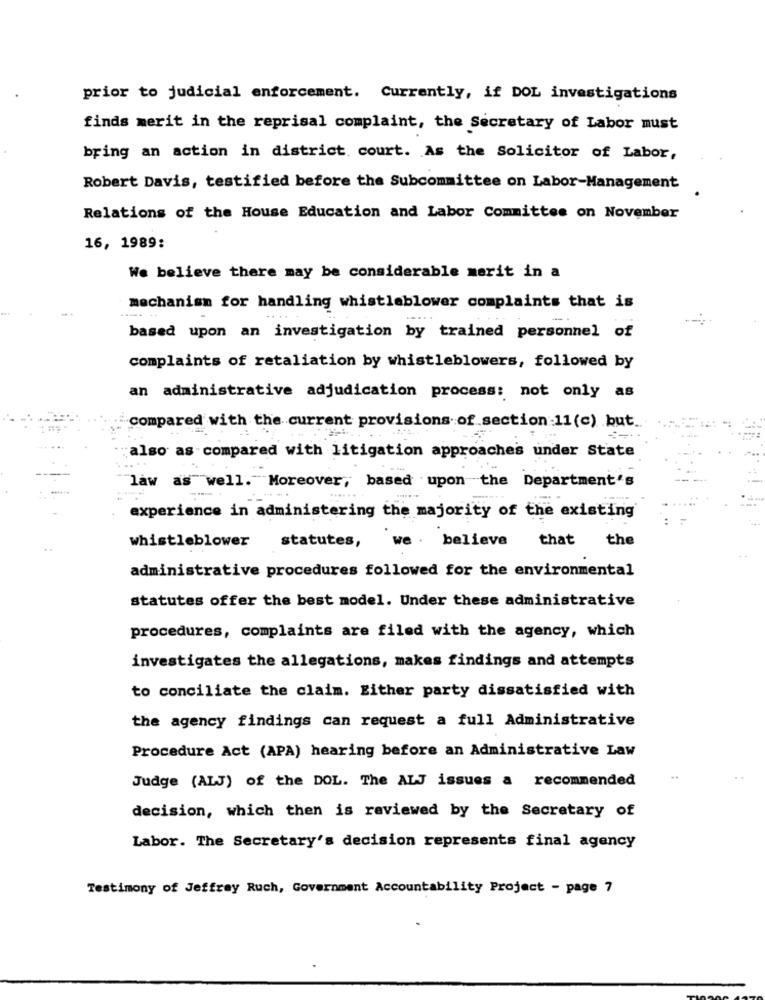
prior to judicial enforcement. Currently, if DOL investigations
finds merit in the reprisal complaint, the Secretary of Labor must
bring an action in district court. As the Solicitor of Labor,
Robert Davis, testified before the Subcommittee on Labor-Management
Relations of the House Education and Labor Committee on November
16, 1989:
We believe there may be considerable merit in a
mechanism for handling whistleblower complaints that is
based upon an investigation by trained personnel of
complaints of retaliation by whistleblowers, followed by
an administrative adjudication process: not only as
compared with the current provisions of section :11(c) but.
also as compared with litigation approaches under State
law as well." Moreover, based upon the Department's
experience in administering the majority of the existing
whistleblower
we .
believe
that
the
statutes,
administrative procedures followed for the environmental
statutes offer the best model. Under these administrative
procedures, complaints are filed with the agency, which
investigates the allegations, makes findings and attempts
to conciliate the claim. Either party dissatisfied with
the agency findings can request a full Administrative
Procedure Act (APA) hearing before an Administrative Law
Judge (ALJ) of the DOL. The ALJ issues a recommended
decision, which then is reviewed by the Secretary of
Labor. The Secretary's decision represents final agency
Testimony of Jeffrey Ruch, Government Accountability Project - page 7